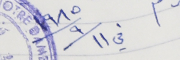
في ١٩٨٥/٩/١١